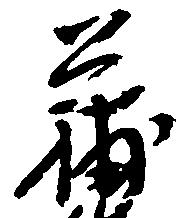
蒲